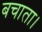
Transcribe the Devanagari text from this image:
बचाता।